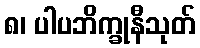
၈၊ ပါပဘိက္ခုနီသုတ်